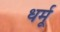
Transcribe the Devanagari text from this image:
धर्मू